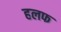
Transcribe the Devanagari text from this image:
हलफ